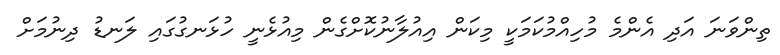
ތިންވަނަ އަދި އެންމެ މުހިއްމުކަމަކީ މިކަން އިއުލާނުކޮށްގެން މިއުޅެނީ ހުޅަނގުގައި ލަނޑު ދިނުމަށް